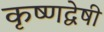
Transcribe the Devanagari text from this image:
कृष्णद्वेषी